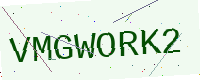
Text: VMGWORK2